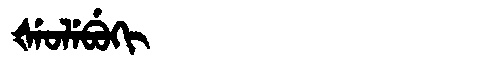
Manchu: ᡧᡝᠣᠯᡝᠪᡠᡴᡳ
Romanization: ŠEOLEBUKI